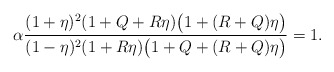
\begin{align*}\alpha \frac{(1+\eta)^2(1+Q+R\eta)\big(1+(R+Q)\eta\big)}{(1-\eta)^2(1+R\eta)\big(1+Q+(R+Q)\eta\big)}=1.\end{align*}